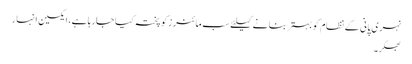
نہری پانی کے نظام کو بہتر بنا نے کیلئے سب مائنر زکو پختہ کیا جارہا ہے، ایکسین انہار
بھکر۔